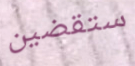
ستقضين